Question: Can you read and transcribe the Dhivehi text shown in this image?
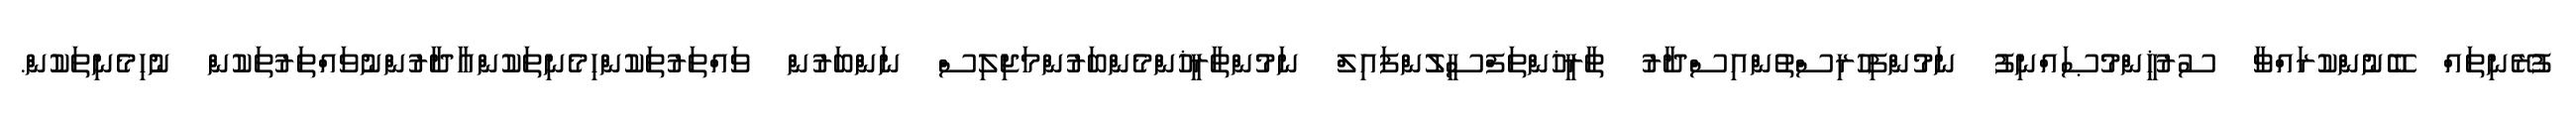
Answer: ފުރޭނިތައް ބޭނުންކުރައްވާ ސުރުޚީންމުޞައްނިފު ނަމުންފިހުރިސްތުންއިސްދާރު ތާރީޚުންތަފްސީލުންފައިލް ނަމުންތާރީޚުންމެންބަރުންމަޖިލިސް ނަންބަރުން ވައްތަރުތަކުންހިމެނިތަކުންއާދާރުންނުވައްތަރުތަކުން ނުހިމެނިތަކުން.